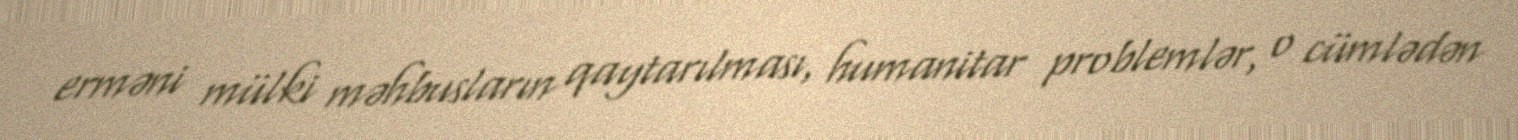
erməni mülki məhbusların qaytarılması, humanitar problemlər, o cümlədən